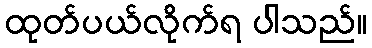
ထုတ်ပယ်လိုက်ရ ပါသည်။